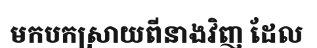
មកបកស្រាយពីនាងវិញ ដែល